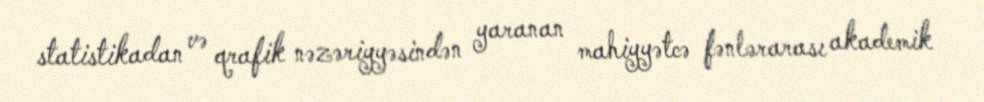
statistikadan və qrafik nəzəriyyəsindən yaranan mahiyyətcə fənlərarası akademik